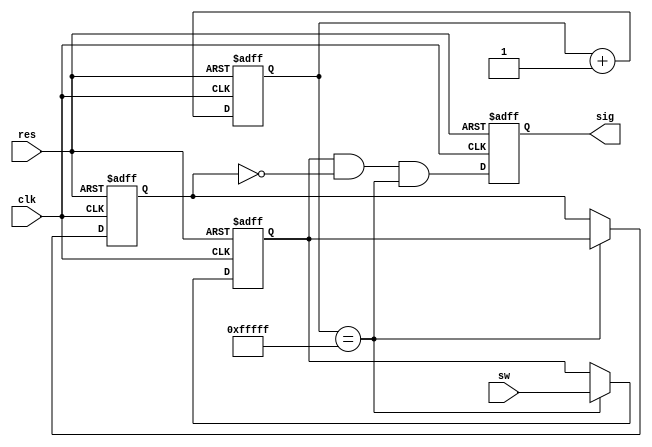
module chattering(
input sw,
input clk,
input res,
output sig
);
	reg sig1,sig2,sig;
	reg [19:0]count;
	wire clk119hz = (count==20'hFFFFF);

	always @(posedge clk or posedge res) //Asynchronous reset. if case posedge res, output error code.
	begin
		if(res == 1)
			count <= 20'h0;
		else 
			count <= count + 20'h1;
	end
	
	// Use 2 FF		
	// Get a SW or BTN signal at every 1/119Hz (sec).
	always @(posedge clk or posedge res)
	begin
	    if(res == 1)
	    begin
	       sig1 <= 1'b0;
	       sig2 <= 1'b0;
	    end
		else if(clk119hz == 1)
		begin
		    sig2 <=sig1;
			sig1 <= sw;
		end
	end
	
	// Posedge is detected, temp = 1.  
	wire temp = sig1 & ~sig2 & clk119hz;
	
	always @(posedge clk or posedge res)
	begin
	   if(res == 1)
	       sig <= 1'b0;
	   else
	       sig <= temp;
    end    

endmodule